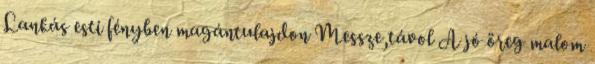
Lankás esti fényben magántulajdon Messze,távol A jó öreg malom